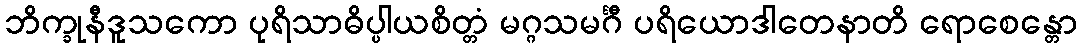
ဘိက္ခုနီဒူသကော ပုရိသာဓိပ္ပါယစိတ္တံ မဂ္ဂသမင်္ဂီ ပရိယောဒါတေနာတိ ရောစေန္တော